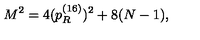
M ^ { 2 } = 4 ( p _ { R } ^ { ( 1 6 ) } ) ^ { 2 } + 8 ( N - 1 ) ,